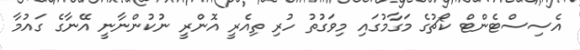
އެސިސްޓެންޓް ކޯޗުގެ މަގާމުގައި މިވަގުތު ހުރި ތިއެރީ އޮންރީ ނުކުންނާނީ އޭނާގެ ގައުމާ